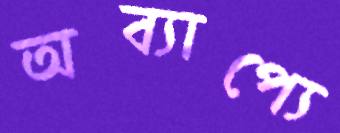
অব্যাপ্যে